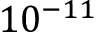
1 0 ^ { - 1 1 }